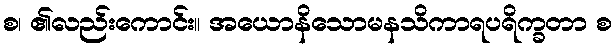
စ၊ ၏လည်းကောင်း။ အယောနိသောမနသိကာရပရိက္ခတာ စ